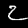
Label: 2